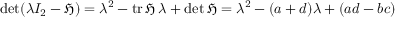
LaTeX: \operatorname* { d e t } ( \lambda I _ { 2 } - { \mathfrak { H } } ) = \lambda ^ { 2 } - \operatorname { t r } { \mathfrak { H } } \, \lambda + \operatorname* { d e t } { \mathfrak { H } } = \lambda ^ { 2 } - ( a + d ) \lambda + ( a d - b c )